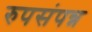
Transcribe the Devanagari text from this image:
रुपसंपन्न